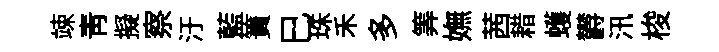
竦青擬察汙藍簀巳珠禾多筭嫵茜耤蠖欝汛梭